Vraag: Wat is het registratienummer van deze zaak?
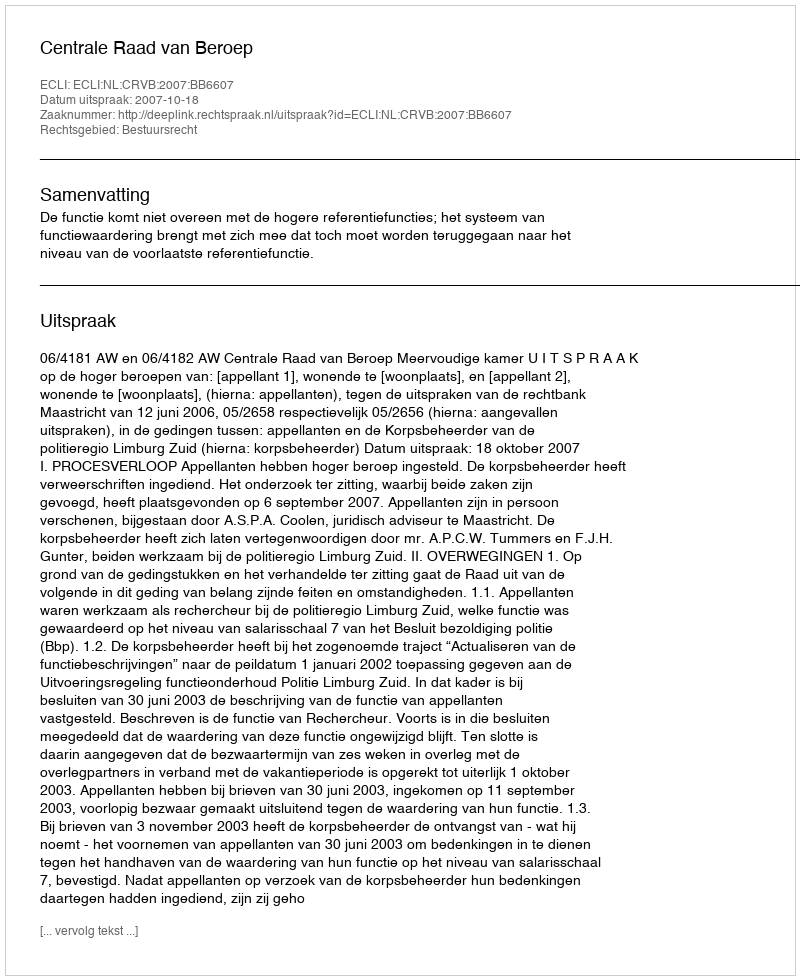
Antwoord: http://deeplink.rechtspraak.nl/uitspraak?id=ECLI:NL:CRVB:2007:BB6607